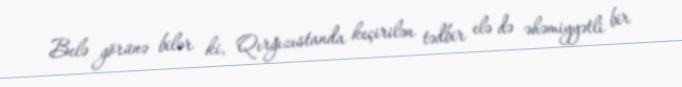
Belə görünə bilər ki, Qırğızıstanda keçirilən tədbir elə də əhəmiyyətli bir